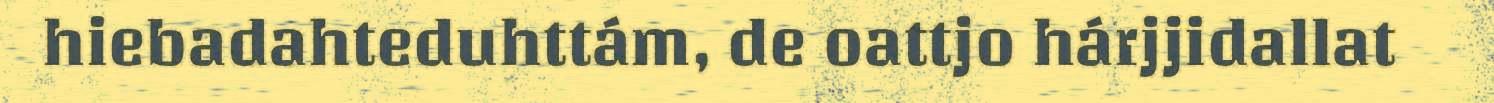
hiebadahteduhttám, de oattjo hárjjidallat